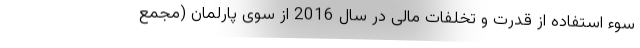
سوء استفاده از قدرت و تخلفات مالی در سال 2016 از سوی پارلمان (مجمع